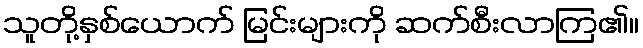
သူတို့နှစ်ယောက် မြင်းများကို ဆက်စီးလာကြ၏။